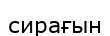
сирағын